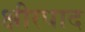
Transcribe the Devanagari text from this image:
क्षीरपाद